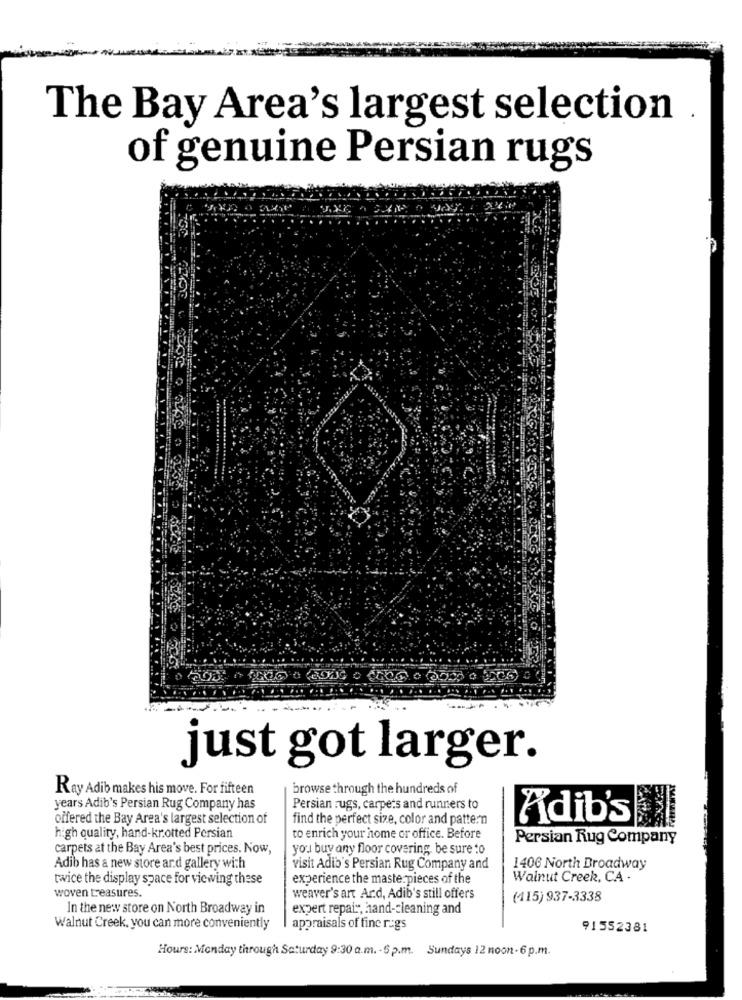
The Bay Area's largest selection .
of genuine Persian rugs
just got larger.
Ray Adib makes his move. For fifteen
browse through the hundreds of
years Adib's Persian Rug Company has
Persian rugs, carpets and runners to
offered the Bay Area's largest selection of
find the perfect size, color and pattern
Adib's
high quality, hand-krotted Persian
to enrich your home or office. Before
Persian Rug Company
carpets at the Bay Area's best prices. Now,
you buy any floor covering, be sure to
Adib has a new store and gallery with
visit Adib's Persian Rug Company and
140G North Broadway
twice the display space for viewing these
experience the masterpieces of the
Walnut Creek, CA .
woven treasures.
weaver's art Ard, Adib's still offers
(415) 937-3338
In the new store on North Broadway in
expert repair, hand-cleaning and
Walnut Creek, you can more conveniently
appraisals of fine rugs
91552381
Hours: Monday through Saturday 9:30 a.m. - 6 p.m. Sundays 12 noon - 6 p.m.